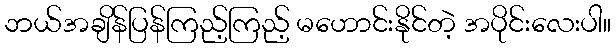
ဘယ်အချိန်ပြန်ကြည့်ကြည့် မဟောင်းနိုင်တဲ့ အပိုင်းလေးပါ။